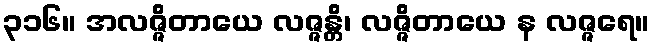
၃၁၆။ အလဇ္ဇိတာယေ လဇ္ဇန္တိ၊ လဇ္ဇိတာယေ န လဇ္ဇရေ။